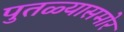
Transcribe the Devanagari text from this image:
पुतळ्यासमोर